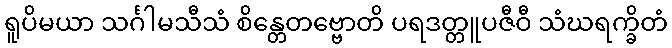
ရူပိမယာ သင်္ဂါမသီသံ စိန္တေတဗ္ဗောတိ ပရဒတ္တူပဇီဝီ သံဃရက္ခိတံ